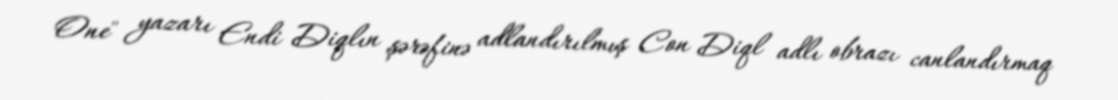
One" yazarı Endi Diqlın şərəfinə adlandırılmış Con Diql adlı obrazı canlandırmaq